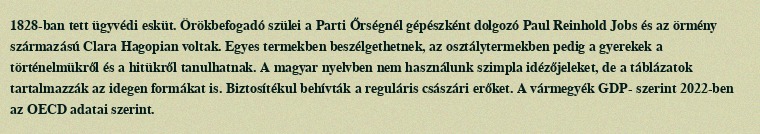
1828-ban tett ügyvédi esküt. Örökbefogadó szülei a Parti Őrségnél gépészként dolgozó Paul Reinhold Jobs és az örmény származású Clara Hagopian voltak. Egyes termekben beszélgethetnek, az osztálytermekben pedig a gyerekek a történelmükről és a hitükről tanulhatnak. A magyar nyelvben nem használunk szimpla idézőjeleket, de a táblázatok tartalmazzák az idegen formákat is. Biztosítékul behívták a reguláris császári erőket. A vármegyék GDP- szerint 2022-ben az OECD adatai szerint.